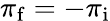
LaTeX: \pi_{\mathrm{f}}=-\pi_{\mathrm{i}}